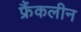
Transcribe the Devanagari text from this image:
फ्रैंकलीन